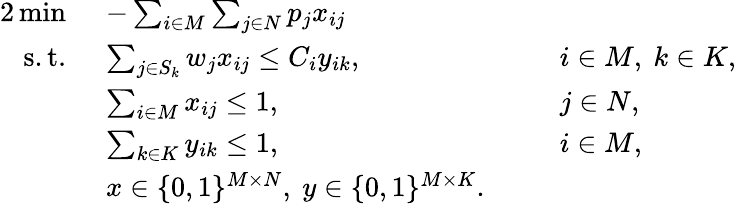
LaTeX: \begin{array}{rlrl}{{2}\operatorname*{min}~}&{-\sum_{i\in M}\sum_{j\in N}p_{j}x_{ij}}\\ {\mathrm{s.t.~}}&{\sum_{j\in S_{k}}w_{j}x_{ij}\leq C_{i}y_{ik},}&&{i\in M,~k\in K,}\\ &{\sum_{i\in M}x_{ij}\leq 1,}&&{j\in N,}\\ &{\sum_{k\in K}y_{ik}\leq 1,}&&{i\in M,}\\ &{x\in\{ 0,1\} ^{M\times N},~y\in\{ 0,1\} ^{M\times K}.~~}\end{array}